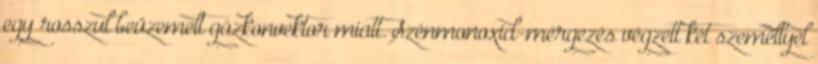
egy rosszul beüzemelt gázkonvektor miatt. Szénmonoxid-mérgezés végzett két személlyel